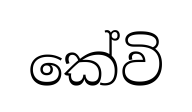
කේවි